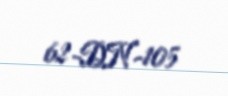
62-DN-105